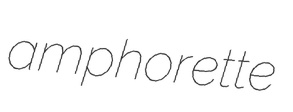
amphorette